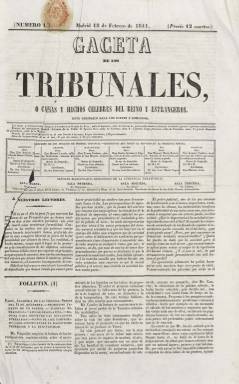
Título: Gaceta de los tribunales o Causas y hechos célebres del reino y extranjeros
Otros títulos: Gaceta de los tribunales || Causas y hechos célebres del reino y extranjeros || Gaceta de los tribunales o Causas y hechos célebres del reino y extrangeros || Causas y hechos célebres del reino y extrangeros
Colección: Derecho || Gacetas
Ámbito geográfico: Madrid
Lugar de publicación: Madrid
Fechas: 18/02/1841-31/12/1841

Se trataría del segundo periódico publicado en España especializado o dedicado básicamente a asuntos relacionados con la actividad de los tribunales de Justicia y también a lo que después será clasificado como periodismo de “sucesos”, generalmente del orden penal, pues anteriormente –en 1834– se había publicado, también en Madrid, otra Gaceta de los tribunales. Esta será estampada por la Imprenta de Ignacio Boix, que aparece indicado también como editor, pero se desconoce quién o quiénes lo redactaron, ya que no hay indicación alguna al respecto ni firma bajo sus textos que así lo pueda determinar. Su primer número corresponde al 18 de febrero de 1841, y en su artículo de presentación se calificará, en esa época de construcción del Estado liberal, al poder judicial como “uno de los que emanan de la soberanía y no el menos importante”, por lo que reclamaba, como para los demás poderes, “los incalculables beneficios de la publicidad de sus actos”.

Además, se indicará en ese mismo artículo introductorio que sus contenidos serán “originales” y que para su elaboración contará con correspondencias (corresponsales) en provincias y en el extranjero, expresando que, de la Administración de Justicia, prestará más atención a “aquella parte que toca más cerca al interés general”, tanto en lo referido al orden criminal como al civil.

Comenzará apareciendo los jueves y domingos, en entregas de cuatro páginas, compuestas a tres columnas, insertando bajo su cabecera sendos cuadros con los “despachos de los juzgados de primera instancia y escribanías de la semana” y de los “magistrados semaneros” de la Audiencia Territorial, en ambos casos de la jurisdicción madrileña, y al final, otro cuadro con las “audiencias de ministros, jefes y oficiales”.

Sus contenidos se estructuran en secciones, como una escueta de Actos del Gobierno (principalmente, sobre su actividad) y las de Tribunales del Reino y Tribunales extranjeros, que son las más desarrolladas y contienen resúmenes y extractos destacados de resoluciones y sentencias judiciales. A ellas se añade otra de Variedades, en la que se recogen noticias de “sucesos”, que, cuando ocurren en Madrid, irán bajo el epígrafe Hechos de la capital, pero en cuya sección también se publicarán otros textos de carácter social o literario.

También tendrá una sección de Anuncios judiciales, en la que da cuenta de la provisión de puestos en las fiscalías o las escribanías. Asimismo, emulando al resto de la prensa, tendrá una sección denominada Folletín en los faldones de las dos primeras planas, que reservará para textos de carácter literario o discursos, como el pronunciado sobre el teatro español por Javier de Burgos, en el Liceo de Granada; además, incorporará otra de Teatros (con su programación), y, en alguna ocasión, tendrá otra sección bajo el epígrafe Cortes.

El formato y frecuencia de aparición de este periódico tendrá variaciones. Comienza saliendo los jueves y domingos, y a partir del número 9, del 17 de marzo, saldrá también los miércoles, aumenta su formato y, de cuatro, a ocho páginas cada entrega, que serán compuestas a partir de ahora a dos columnas. Es, precisamente, en esa entrega en la que a través de su primer texto explique las razones por las que no publica artículos de fondo de carácter jurídico o de otra materia política, asunto al que volverá a referirse en su entrega del 16 de julio. Pero, previamente, a partir del número 24, de 19 de abril, se había hecho diaria (excepto lunes), reduciendo el formato y regresando a las cuatro páginas por entrega. Y a partir del número 43, del 19 de mayo, volverá aparecer tres veces a la semana.

La foliación de este título fue siempre continuada y hasta su entrega 70, correspondiente al 16 de julio de 1841, forma un primer tomo, con un total de 464 páginas. El segundo tomo sumará otras 296 páginas, pero sus entregas en este carecen de cabecera y de data, no tendrán fijeza en su momento de aparición y su paginación será variada, añadiendo su artículo de introducción que será en torno al centenar cada mes. Este hecho lo explica indicando que deberá considerarse a esta Gaceta como de “consulta más que como periódico de circunstancias”. Sus artículos fueron a partir de entonces más extensos, y entre ellos se inserta el titulado Causa histórica de los templarios (1307-1314) o un Compendio del nuevo Código Penal francés, apareciendo bajo algunos de ellos alguna firma, como la de F. García Goyena o L.F.F. de Castro.

Si el primer tomo de la colección contiene algún suplemento bajo la cabecera Hechos de la capital, el segundo, que debió aparecer en la segunda mitad del año 1841, contiene también algunos otros, con cabecera y paginación propia, con el título Folletín científico, artístico y literario de la Gaceta de los tribunales, en los que insertará sus revistas de costumbres y teatros.